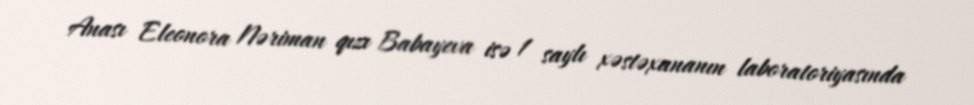
Anası Eleonora Nəriman qızı Babayeva isə 1 saylı xəstəxananın laboratoriyasında